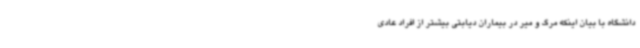
دانشگاه با بیان اینکه مرگ و میر در بیماران دیابتی بیشتر از افراد عادی